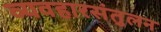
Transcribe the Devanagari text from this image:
व्यवहारसंतुलन